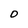
Character: O